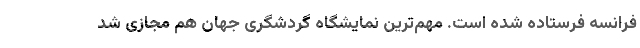
فرانسه فرستاده شده است. مهم‌ترین نمایشگاه گردشگری جهان هم مجازی شد